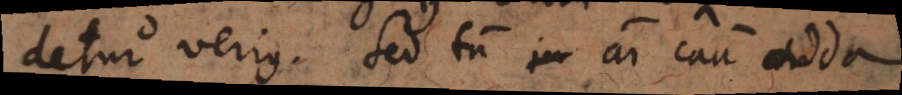
detur verius. Sed tum animi causa addo